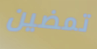
تمضين